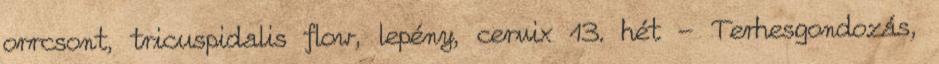
orrcsont, tricuspidalis flow, lepény, cervix 13. hét - Terhesgondozás,